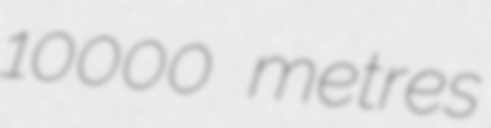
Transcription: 10000 metres